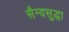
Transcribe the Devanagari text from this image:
सैन्यसुद्धा